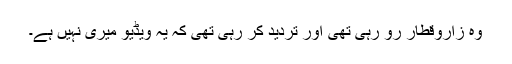
وہ زاروقطار رو رہی تھی اور تردید کر رہی تھی کہ یہ ویڈیو میری نہیں ہے۔